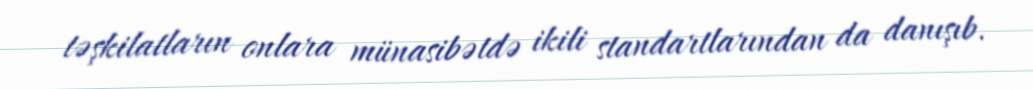
təşkilatların onlara münasibətdə ikili standartlarından da danışıb.